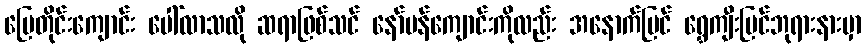
မြေတိုင်းကျောင်း ပေါ်လာသလို ဆရာဖြစ်သင် နော်မန်ကျောင်းကိုလည်း အနောက်ပြင် ရွှေကျီးမြင်ဘုရားနားမှာ